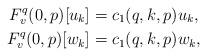
LaTeX: \begin{align*}F^q_v(0,p)[u_k] &= c_1(q,k,p) u_k,\\F^q_v(0,p)[w_k] &= c_1(q,k,p) w_k,\end{align*}